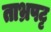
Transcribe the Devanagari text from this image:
ताभ्रपट्ट